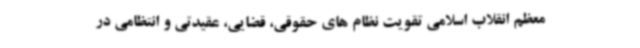
معظم انقلاب اسلامی تقویت نظام های حقوقی، قضایی، عقیدتی و انتظامی در